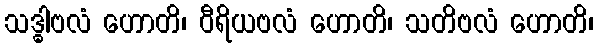
သဒ္ဓါဗလံ ဟောတိ၊ ဝီရိယဗလံ ဟောတိ၊ သတိဗလံ ဟောတိ၊